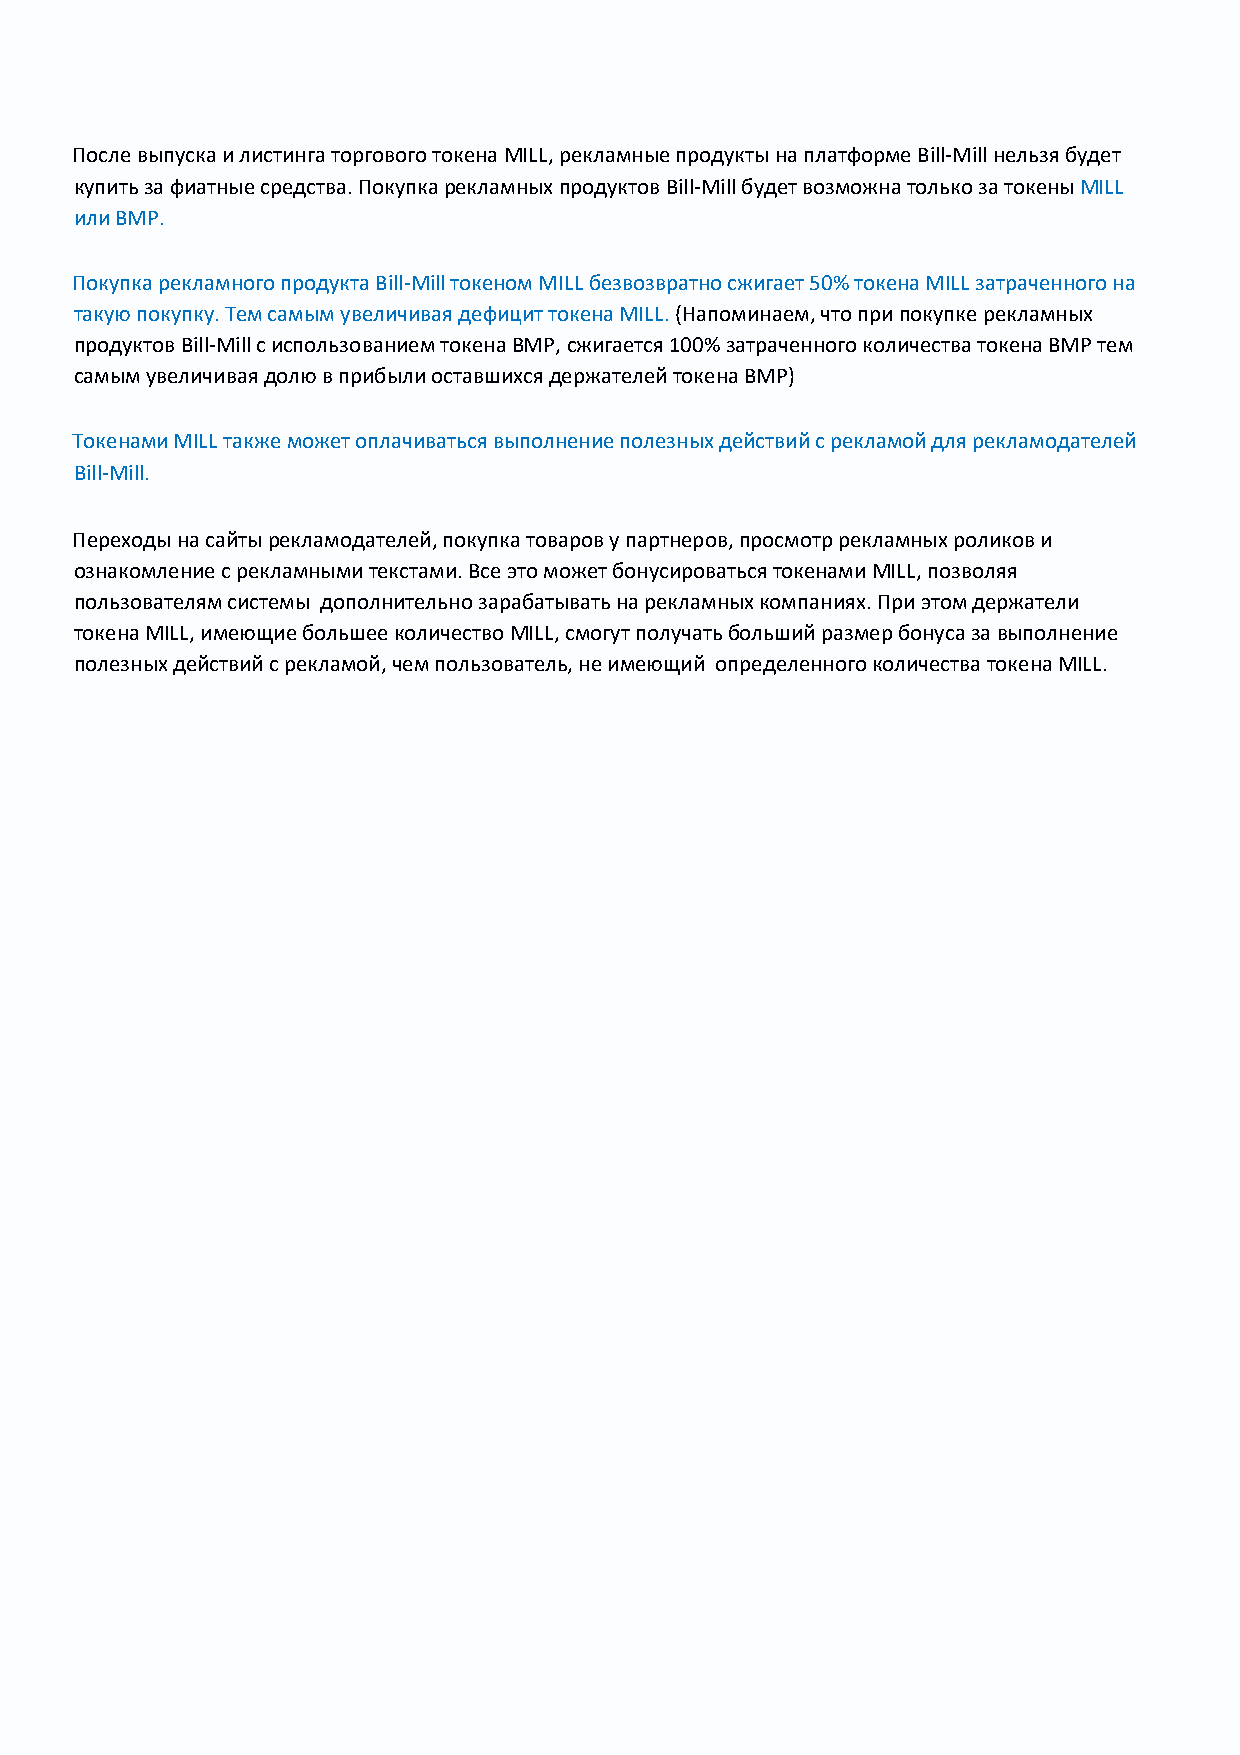
После выпуска и листинга торгового токена MILL, рекламные продукты на платформе Bill-Mill нельзя будет
 купить за фиатные средства. Покупка рекламных продуктов Bill-Mill будет возможна только за токены MILL
 или BMP.
 Покупка рекламного продукта Bill-Mill токеном MILL безвозвратно сжигает 50% токена MILL затраченного на
 такую покупку. Тем самым увеличивая дефицит токена MILL. (Напоминаем, что при покупке рекламных
 продуктов Bill-Mill с использованием токена BMP, сжигается 100% затраченного количества токена BMP тем
 самым увеличивая долю в прибыли оставшихся держателей токена BMP)
 Токенами MILL также может оплачиваться выполнение полезных действий с рекламой для рекламодателей
 Bill-Mill.
 Переходы на сайты рекламодателей, покупка товаров у партнеров, просмотр рекламных роликов и
 ознакомление с рекламными текстами. Все это может бонусироваться токенами MILL, позволяя
 пользователям системы дополнительно зарабатывать на рекламных компаниях. При этом держатели
 токена MILL, имеющие большее количество MILL, смогут получать больший размер бонуса за выполнение
 полезных действий с рекламой, чем пользователь, не имеющий определенного количества токена MILL.